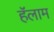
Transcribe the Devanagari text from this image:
हॅलाम